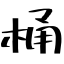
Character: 桶